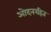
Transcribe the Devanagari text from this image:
ओदनरहित